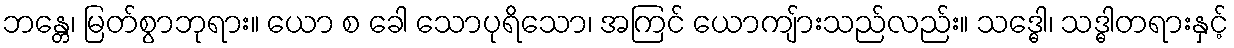
ဘန္တေ၊ မြတ်စွာဘုရား။ ယော စ ခေါ သောပုရိသော၊ အကြင် ယောကျ်ားသည်လည်း။ သဒ္ဓေါ၊ သဒ္ဓါတရားနှင့်